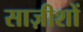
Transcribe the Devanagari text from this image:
साज़ीशों